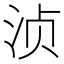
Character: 浈